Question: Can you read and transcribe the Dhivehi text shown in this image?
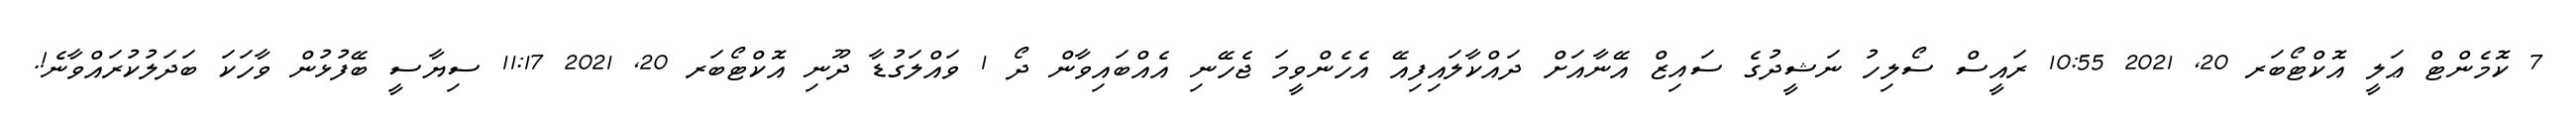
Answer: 7 ކޮމެންޓް ޢަލީ އޮކްޓޯބަރ 20, 2021 10:55 ރައީސް ސޯލިހު ނަޝީދުގެ ސައިޒް އޭނާއަށް ދައްކާލައިފިއޭ އެހެންވީމަ ޖެހޭނި އެއްބައިވާން ދޯ 1 ވައްލަގުޑާ ދޫނި އޮކްޓޯބަރ 20, 2021 11:17 ސިޔާސީ ބޭފުޅުން ވާހަކަ ބަދަލުކުރައްވާނެ!.